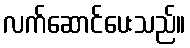
လက်ဆောင်ပေးသည်။